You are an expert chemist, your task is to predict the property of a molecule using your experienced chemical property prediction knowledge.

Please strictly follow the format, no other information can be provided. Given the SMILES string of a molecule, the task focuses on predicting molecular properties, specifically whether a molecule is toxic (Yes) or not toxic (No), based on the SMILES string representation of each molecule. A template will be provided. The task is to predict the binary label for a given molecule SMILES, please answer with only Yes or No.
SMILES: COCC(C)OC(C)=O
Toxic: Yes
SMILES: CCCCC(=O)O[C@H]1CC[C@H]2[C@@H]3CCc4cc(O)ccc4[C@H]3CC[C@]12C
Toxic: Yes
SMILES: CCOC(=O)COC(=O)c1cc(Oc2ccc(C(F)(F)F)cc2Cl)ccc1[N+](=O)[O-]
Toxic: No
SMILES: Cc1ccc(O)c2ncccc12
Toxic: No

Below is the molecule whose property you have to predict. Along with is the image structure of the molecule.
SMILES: Nc1ccc([N+](=O)[O-])cc1N
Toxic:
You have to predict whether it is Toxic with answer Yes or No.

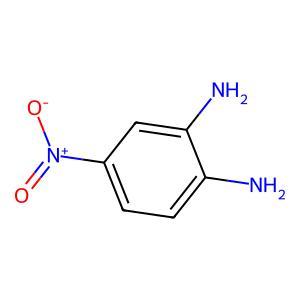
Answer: No